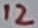
Text: 12